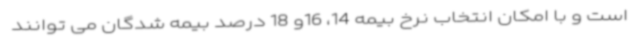
است و با امکان انتخاب نرخ بیمه 14، 16و 18 درصد بیمه شدگان می توانند